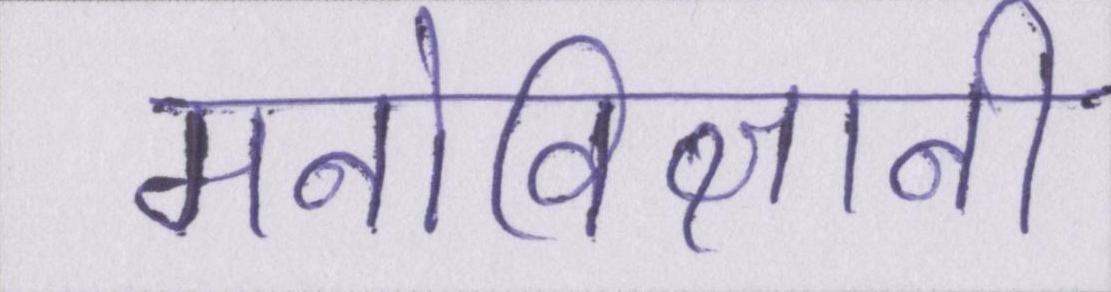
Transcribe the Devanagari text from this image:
मनोविज्ञानी